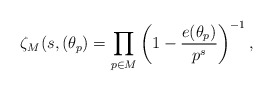
\begin{align*}\zeta_M(s,(\theta_p) =\prod_{p\in M}\left(1-\frac{e(\theta_p)}{p^s}\right)^{-1},\end{align*}